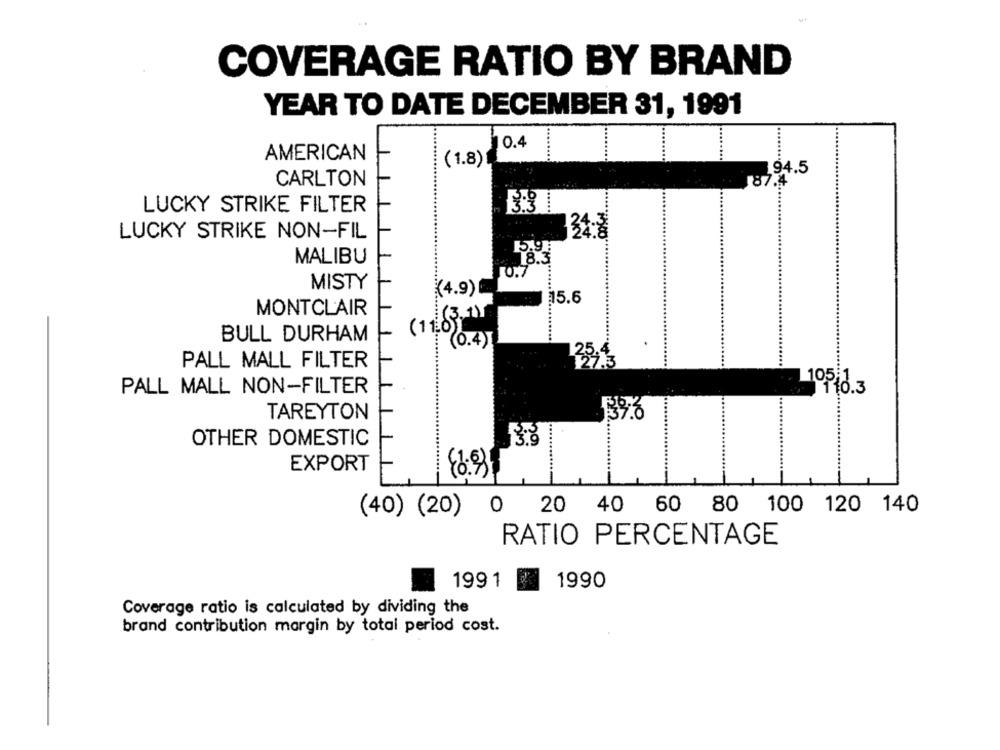
COVERAGE RATIO BY BRAND
YEAR TO DATE DECEMBER 31, 1991
0.4
AMERICAN
(1.8)
94.5
CARLTON
187.4
LUCKY STRIKE FILTER
3:3
LUCKY STRIKE NON-FIL
34.
15.9:
MALIBU
8.3
0.7
MISTY
......
(4.9)
15.6
MONTCLAIR
(11. 63-11
BULL DURHAM
....
(0.4
.
PALL MALL FILTER
PALL MALL NON-FILTER
105 0.3
TAREYTON
139.0
OTHER DOMESTIC
EXPORT
86:931
0 20 40 60 80 100 120 140
(40) (20)
RATIO PERCENTAGE
1991
1990
Coverage ratio is calculated by dividing the
brand contribution margin by total period cost.